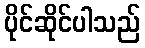
ပိုင်ဆိုင်ပါသည်